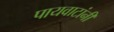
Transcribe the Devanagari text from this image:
पायवाटांनी